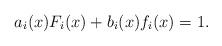
LaTeX: \begin{align*} a_i(x)F_i(x)+b_i(x)f_i(x)=1.\end{align*}